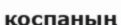
қоспаның